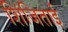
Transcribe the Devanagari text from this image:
शिंजिताई